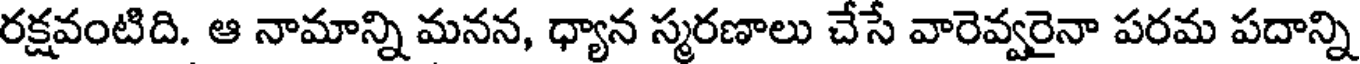
రక్షవంటిది. ఆ నామాన్ని మనన, ధ్యాన స్మరణాలు చేసే వారెవ్వరైనా పరమ పదాన్ని